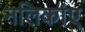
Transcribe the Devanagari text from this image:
नलिकांए